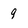
Character: 9